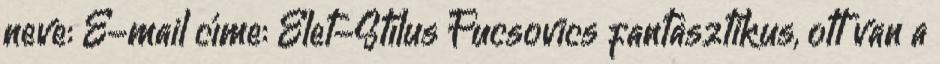
neve: E-mail címe: Élet-Stílus Fucsovics fantasztikus, ott van a